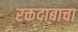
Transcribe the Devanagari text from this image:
रक्तदाबाचा